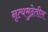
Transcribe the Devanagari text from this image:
नृत्यमुद्रेतील